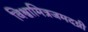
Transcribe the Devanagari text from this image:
विश्वामित्रजमदग्नी